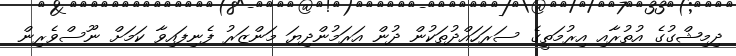
ދިމިޝްގުގެ އުތުރާއި އިރުމަތީގެ ސަރަހައްދުތަކުން ދުން އަރަމުންދިޔަ މަންޒަރު ފެނިފައިވާ ކަމަށް ނޫސްވެރިން